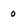
Character: 0